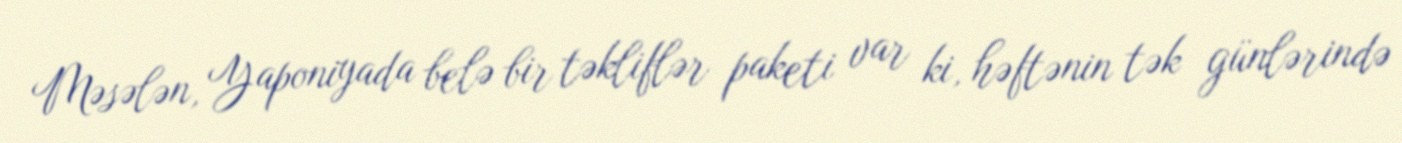
Məsələn, Yaponiyada belə bir təkliflər paketi var ki, həftənin tək günlərində